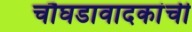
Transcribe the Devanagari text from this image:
चौघडावादकांची